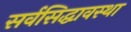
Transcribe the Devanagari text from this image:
सर्वसिद्धावस्था